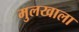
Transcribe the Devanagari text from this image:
मुलखाला